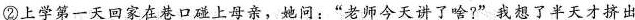
②上学第一天回家在巷口碰上母亲，她问：”老师今天讲了啥?”我想了半天才挤出